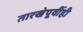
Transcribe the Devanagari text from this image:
तारखेपूर्वीही